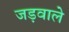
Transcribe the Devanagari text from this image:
जड़वाले